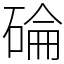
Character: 碖